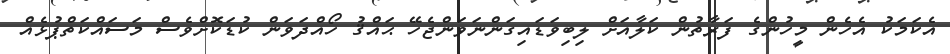
އެކަމަކު އެހެން މީހުންގެ ފަރާތުން ކަލާއަށް ލިބިވަޑައިގަންނަވަންޖެހޭ ޙައްޤު ހޯއްދަވަން ކުޑަކޮށްވެސް މަސައްކަތްޕުޅެއް